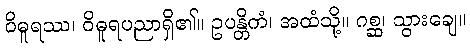
ဝိဓူရဿ၊ ဝိဓူရပညာရှိ၏။ ဥပန္တိကံ၊ အထံသို့။ ဂစ္ဆ၊ သွားချေ။